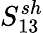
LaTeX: S_{13}^{sh}